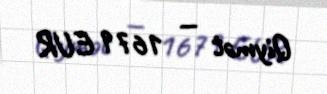
Qiymət — 1679 EUR